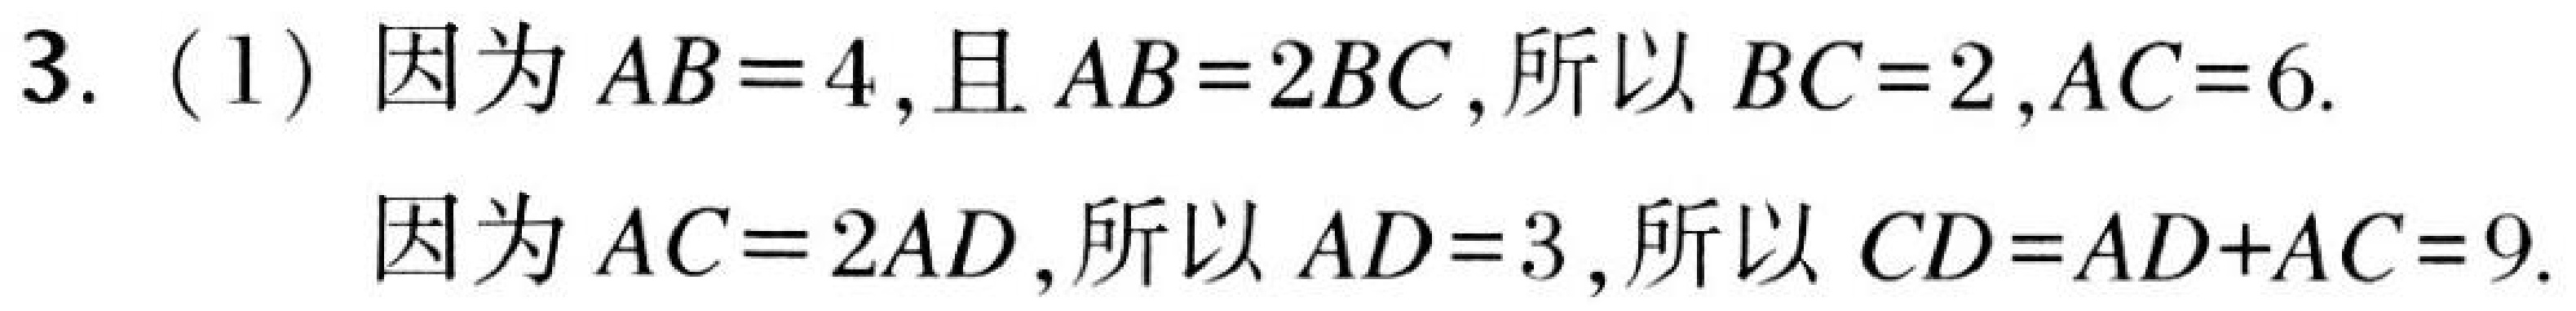
3. (1) 因为$AB = 4$,且$AB = 2BC$,所以$BC = 2,AC = 6$.

因为$AC = 2AD$,所以$AD = 3$,所以$CD=AD + AC = 9$.